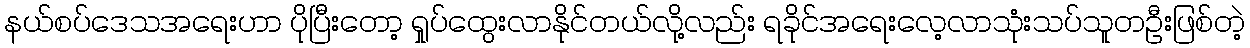
နယ်စပ်ဒေသအရေးဟာ ပိုပြီးတော့ ရှုပ်ထွေးလာနိုင်တယ်လို့လည်း ရခိုင်အရေးလေ့လာသုံးသပ်သူတဦးဖြစ်တဲ့